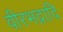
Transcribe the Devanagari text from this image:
वीरभद्रादि